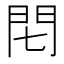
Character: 𨳍